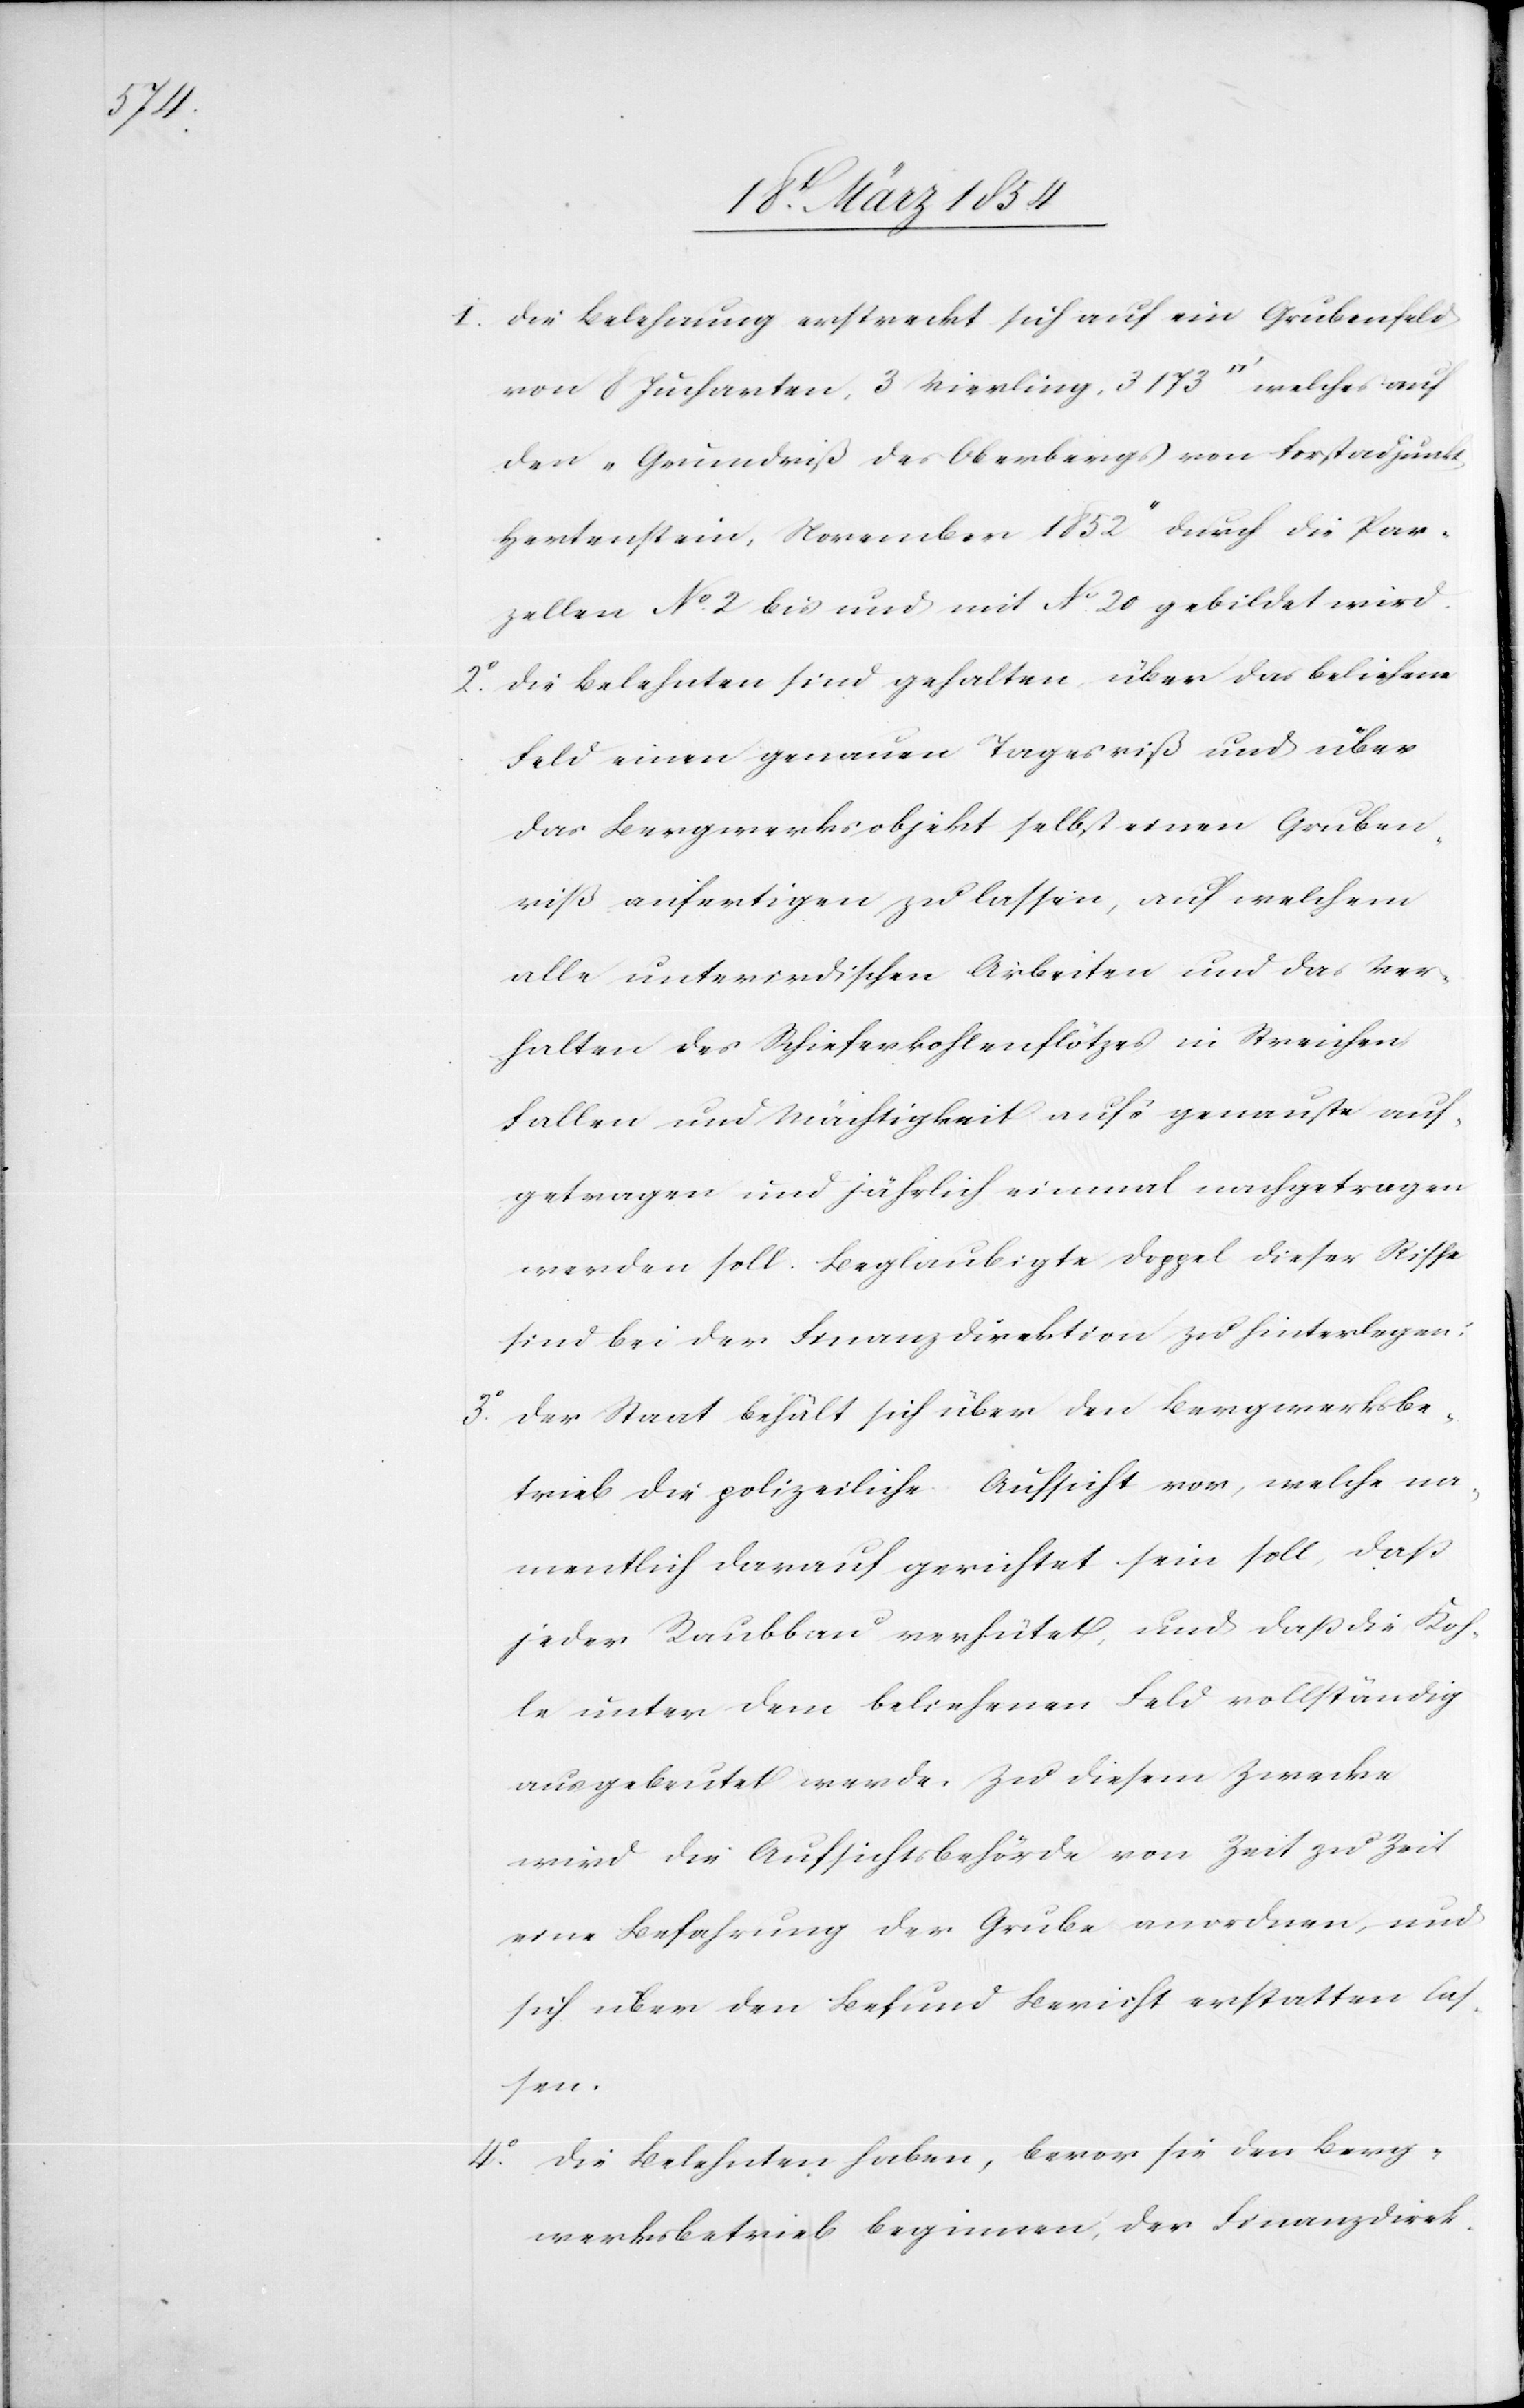
1o Die Belehnung erstreckt sich auf ein Grubenfeld
von 8 Jucharten, 3 Vierling, 3173 [Quadratfuss] welches auf
den „Grundriß des Oberberges von Forstadjunkt
Hertenstein, November 1852“ durch die Par¬
zellen No 2 bis und mit No 20 gebildet wird.
2o Die Belehnten sind gehalten über das beliehne
Feld einen genauen Tagesriß und über
das Bergwerksobjekt selbst einen Gruben¬
riß ausfertigen zu lassen, auf welchem
alle unterirdischen Arbeiten und das Ver¬
halten des Schieferkohlenflötzes in Streichen,
Fallen und Mächtigkeit aufs genauste auf¬
getragen und jährlich einmal nachgetragen
werden soll. Beglaubigte Doppel dieser Risse
sind bei der Finanzdirektion zu hinterlegen.
3o Der Staat behält sich über den Bergwerksbe¬
trieb die polizeiliche Aufsicht vor, welche na¬
mentlich darauf gerichtet sein soll, daß
jeder Raubbau verhütet, und daß die Koh¬
le unter dem beliehenen Feld vollständig
ausgebeutet werde. Zu diesem Zwecke
wird die Aufsichtsbehörde von Zeit zu Zeit
eine Befahrung der Grube anordnen, und
sich über den Befund Bericht erstatten las¬
sen.
4o Die Belehnten haben, bevor sie den Berg¬
werksbetrieb beginnen, der Finanzdirek-